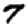
Digit: 7